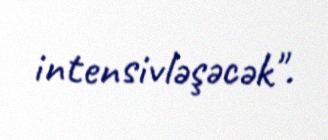
intensivləşəcək".